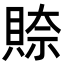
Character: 𮚎